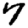
Digit: 7